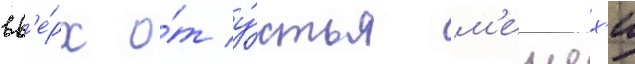
вв'е́рх о́т у́стья м'ешех'и